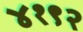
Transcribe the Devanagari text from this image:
४१९२